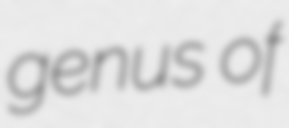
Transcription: genus of